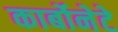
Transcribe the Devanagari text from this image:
कार्बोनेटे